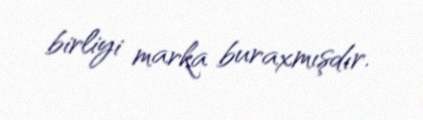
birliyi marka buraxmışdır.